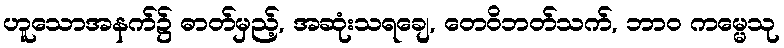
ဟူသောအနက်၌ ဓာတ်မှည့်, အဆုံးသရချေ, တေဝိဘတ်သက်, ဘာဝ ကမ္မေသု